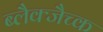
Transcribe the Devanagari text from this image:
ब्लैक्जैच्क